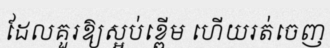
ដែលគួរឱ្យស្អប់ខ្ពើម ហើយរត់ចេញ